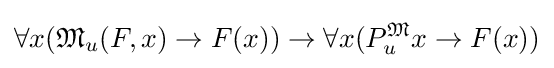
\forall x({\mathfrak {M}}_{u}(F,x)\rightarrow F(x))\rightarrow \forall x(P_{u}^{\mathfrak {M}}x\rightarrow F(x))